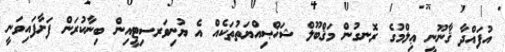
އުފައްދާ ޤާނޫނީ ޢިލްމުގެ ރޮނގުން މަޤްބޫލް ޝަޚްޞިއްޔަތުތަކެއް އެ ޔުނިވަރސިޓީއިން ބިނާކުރަން ފަށާފައިވަނީ